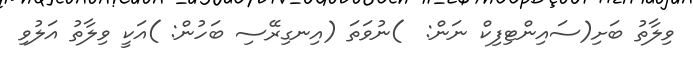
ވިލާތު ބަށި(ސައިންޓިފިކް ނަން:  )ނުވަތަ (އިނގިރޭސި ބަހުން: )އަކީ ވިލާތު އަލުވި